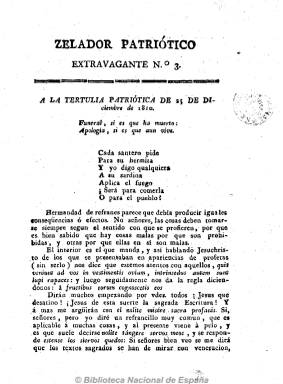
Título: Zelador patriótico
Otros títulos: Celador patriótico
Colección: Periódicos anteriores a 1850
Ámbito geográfico: Cádiz
Lugar de publicación: [S.l.]
Fechas: 01/01/1811-31/12/1811

Cabecera que aglutina a una serie de periódicos con títulos y subtítulos confusos. Según Checa Godoy, representa la primera de las empresas periodísticas del marqués de Villapanés, que edita en Cádiz desde octubre de 1810 a noviembre de 1811, y de los que se conocen unos catorce números. Su carácter es antirreformista y ultraconservador, calificado, por tanto, de servil, cuyo objeto es atacar con réplicas no solo a periódicos liberales templados como Tertulia patriótica de Cádiz, sino a patriotas más exaltados como El Robespierre español, o a El Español, de José María Blanco White. Publicado en números de entre cuatro y 24 páginas y sin fechar, su editor tuvo serias dificultades para su impresión, por lo que aunque se considera semanal, salió con retraso y algún número hasta fragmentado y estampado en diversas imprentas gaditanas, por lo que su periodicidad fue irregular. Al aparecer tuvo sus primeros tres números el título El extravagante, que después adoptó como subtítulo, junto a otros subtítulos diversos. Dado su carácter político, su contenido son largos artículos de este tipo, en los que su autor se ayuda de composiciones en verso, para atacar las ideas liberales y defender las absolutistas.